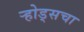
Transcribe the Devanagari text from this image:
ऱ्होड्सचा